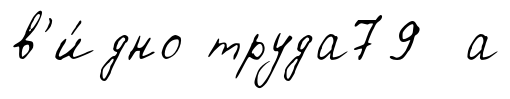
в'и́дно труда79 а